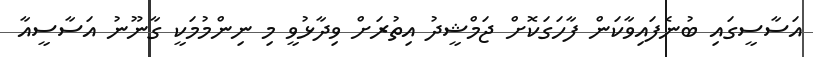
އަސާސީގައި ބުނެފައިވާކަން ފާހަގަކޮށް ޖަމްޝީދު އިތުރަށް ވިދާޅުވީ މި ނިންމުމަކީ ގާނޫނު އަސާސީއާ